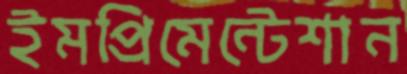
ইমপ্রিমেন্টেশান